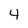
Character: 4